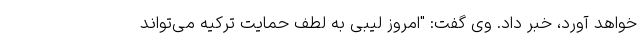
خواهد آورد، خبر داد. وی گفت: "امروز لیبی به لطف حمایت ترکیه می‌تواند